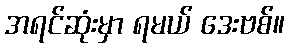
အရင်ဆုံးမှာ ရမယ် ဒေးဗစ်။